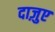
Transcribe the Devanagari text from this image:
दाज़ुए